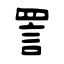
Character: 詈